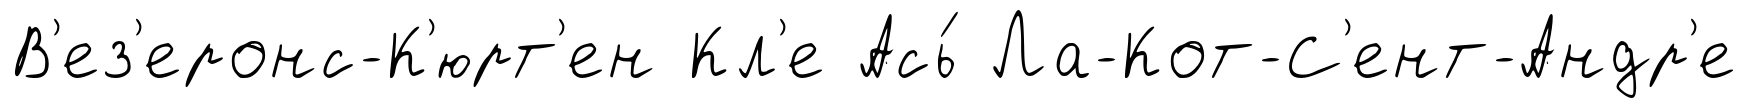
В'ез'еронс-К'юрт'ен Кл'е Ась́ Ла-Кот-С'ент-Андр'е